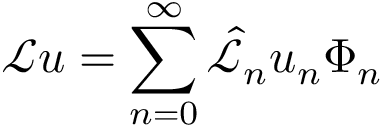
\mathscr { L } u = \sum _ { n = 0 } ^ { \infty } \hat { \mathscr { L } } _ { n } u _ { n } \Phi _ { n }